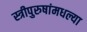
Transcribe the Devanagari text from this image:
स्त्रीपुरुषांमधल्या